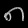
Digit: ၈